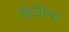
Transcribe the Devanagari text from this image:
कैटफ़िश